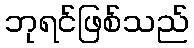
ဘုရင်ဖြစ်သည်